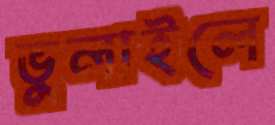
ভুলাইলে